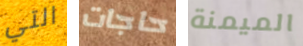
التي حاجات الميمنة